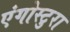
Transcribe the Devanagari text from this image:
एंगोस्टुरा